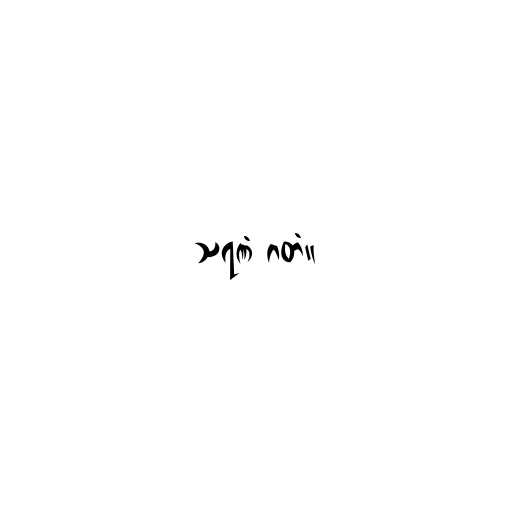
သရဏံ ဂတံ။